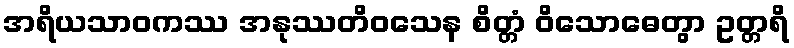
အရိယသာဝကဿ အနုဿတိဝသေန စိတ္တံ ဝိသောဓေတွာ ဥတ္တရိ